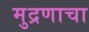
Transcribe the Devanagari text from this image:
मुद्रणाचा